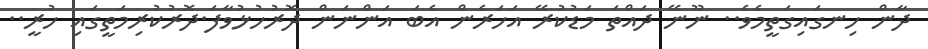
ދާން ހިނގައިގަތީމެވެ.. ނޫނޭ ދައްތަ މަޑުކުރޭ އަހަރެން އެބަ އަންނަން ދޮރުހުޅުވާފަ.ދޮރުކުރިމަތީގައި ހުރީ..